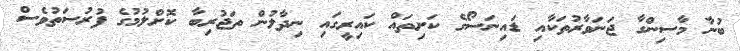
ބުނާ މާސިންގާ ޖަނަވާރުތަކާއި ޑައިނަސޯގެ ކަށިތައް ކައިރީގައި ނިދާލުން ތަޖުރިބާ ކޮށްލުމުގެ ފުރުސަތުވެސް